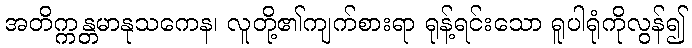
အတိက္ကန္တမာနုသကေန၊ လူတို့၏ကျက်စားရာ ရုန့်ရင်းသော ရူပါရုံကိုလွန်၍